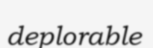
deplorable